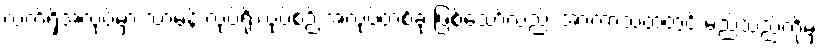
လက်ရှိအလုပ်မှာ သာမန် လုပ်ရိုးလုပ်စဉ် အလုပ်တစ်ခု ဖြစ်သော်လည်း အာကာသထဲတွင် မည်သည်ကိုမှ